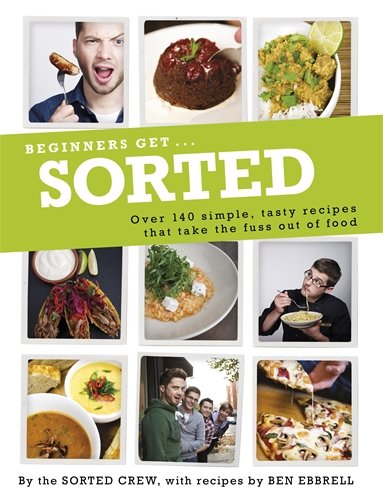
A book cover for Sorted for Beginners; Ben Ebbrell; Cookbooks, Food & Wine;